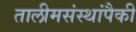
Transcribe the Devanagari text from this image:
तालीमसंस्थांपैकी